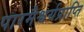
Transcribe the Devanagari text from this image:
पारमैश्वर्यप्राप्ति